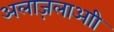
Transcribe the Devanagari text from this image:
अलाज़लाआी